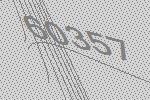
60357